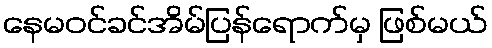
နေမဝင်ခင်အိမ်ပြန်ရောက်မှ ဖြစ်မယ်